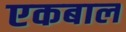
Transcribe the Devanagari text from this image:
एकबाल